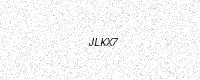
Text: JLKX7